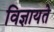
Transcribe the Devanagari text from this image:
विज्ञायते